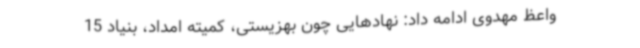
واعظ مهدوی ادامه داد: نهادهایی چون بهزیستی، کمیته امداد، بنیاد 15